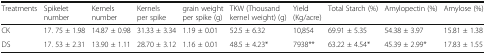
| Treatments | Spikelet number | Kernels number | Kernels per spike | grain weight per spike (g) | TKW (Thousand kernel weight) (g) | Yield (Kg/acre) | Total Starch (%) | Amylopectin (%) | Amylose (%) |
 | --- | --- | --- | --- | --- | --- | --- | --- | --- | --- |
 | CK | 17. 75 ± 1.98 | 14.87 ± 0.98 | 31.33 ± 3.34 | 1.19 ± 0.01 | 52.5 ± 6.32 | 10,854 | 69.91 ± 5.35 | 54.38 ± 3.97 | 15.81 ± 1.38 |
 | DS | 17. 53 ± 2.31 | 13.90 ± 1.11 | 28.70 ± 3.12 | 1.16 ± 0.01 | 48.5 ± 4.23* | 7938** | 63.22 ± 4.54* | 45.39 ± 2.99* | 17.83 ± 1.55 |